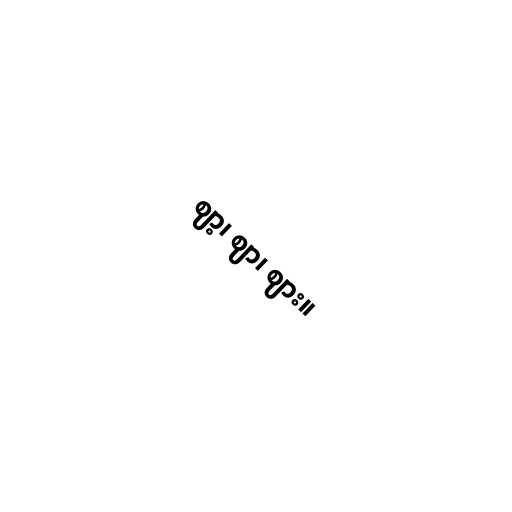
ဈာ့၊ ဈာ၊ ဈား။